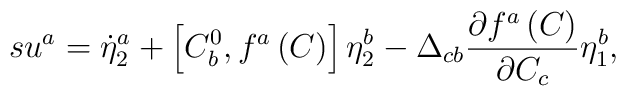
su^a=\dot \eta _2^a+\left[ C_b^0,f^a\left( C\right) \right] \eta_2^b-\Delta _{cb}\frac{\partial f^a\left( C\right) }{\partial C_c}\eta _1^b,